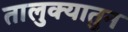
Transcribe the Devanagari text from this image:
तालुक्यातुन